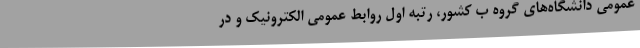
عمومی دانشگاه‌های گروه ب کشور، رتبه اول روابط عمومی الکترونیک و در